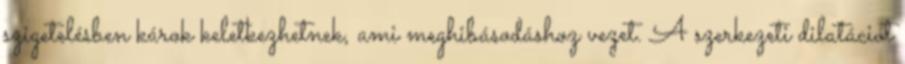
szigetelésben károk keletkezhetnek, ami meghibásodáshoz vezet. A szerkezeti dilatációt